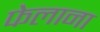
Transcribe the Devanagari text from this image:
फेलाना